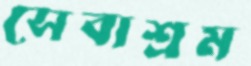
সেবাশ্রম